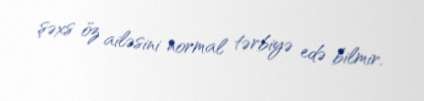
şəxs öz ailəsini normal tərbiyə edə bilmir.